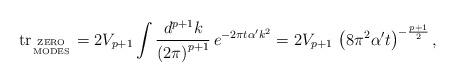
LaTeX: \begin{align*}\mbox{tr}_{\mbox{\tiny ZERO}\atop\mbox{\tiny MODES}} = 2 V_{p+1} \int \frac{d^{p+1} k}{\left( 2\pi\right)^{p+1}}\, e^{-2\pi t\alpha^\prime k^2 } = 2V_{p+1}\,\left( 8\pi^2 \alpha^\prime t\right)^{-\frac{p+1}{2}} ,\end{align*}